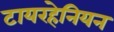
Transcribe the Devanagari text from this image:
टायरहेनियन